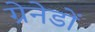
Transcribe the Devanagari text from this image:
ग्रेनेडों